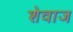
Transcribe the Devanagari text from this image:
शेवाज